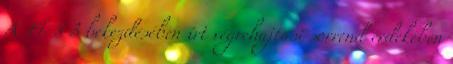
A 14. § 3 bekezdésében írt végrehajtási sorrend érdekében